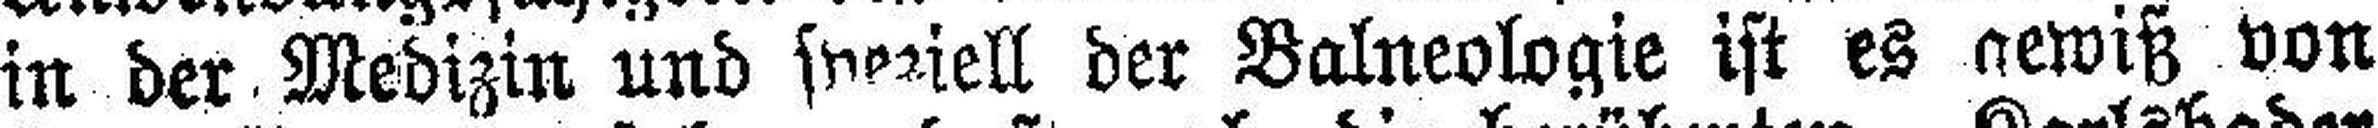
in der Medizin und syeziell der Balneologie ist es newiß von